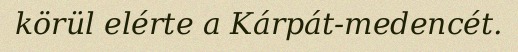
körül elérte a Kárpát-medencét.